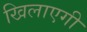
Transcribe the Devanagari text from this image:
खिलाएगी